Vaccine operations Central Provinces 1868-1885 - 1868-1885
Year: 1868
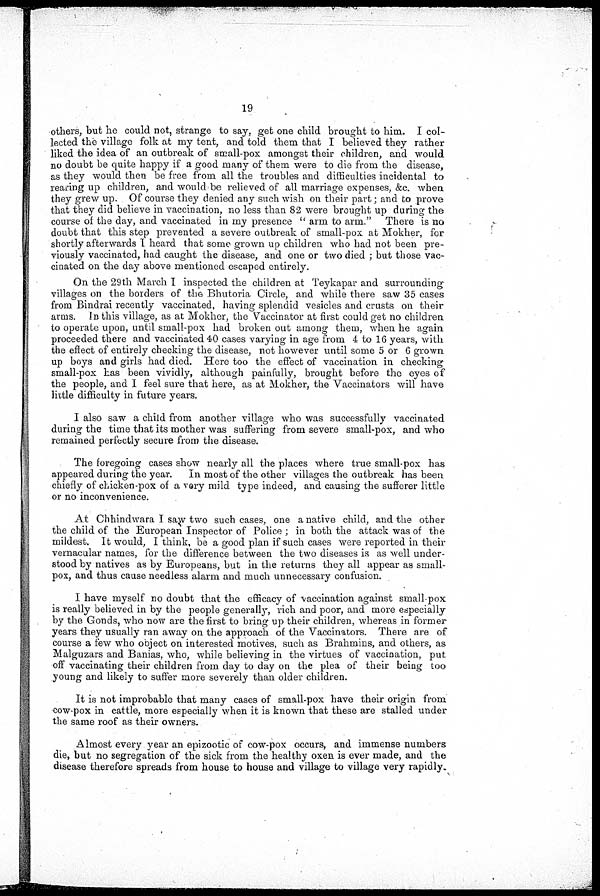
19
others, but he could not, strange to say, get one child brought to him. I col-
lected the village folk at my tent, and told them that I believed they rather
liked the idea of an outbreak of small-pox amongst their children, and would
no doubt be quite happy if a good many of them were to die from the disease,
as they would then be free from all the troubles and difficulties incidental to
rearing up children, and would be relieved of all marriage expenses, &c. when
they grew up. Of course they denied any such wish on their part; and to prove
that they did believe in vaccination, no less than 82 were brought up during the
course of the day, and vaccinated in my presence " arm to arm." There is no
doubt that this step prevented a severe outbreak of small-pox at Mokher, for
shortly afterwards I heard that some grown up children who had not been pre-
viously vaccinated, had caught the disease, and one or two died ; but those vac-
cinated on the day above mentioned escaped entirely.
On the 29th March I inspected the children at Teykapar and surrounding
villages on the borders of the Bhutoria Circle, and while there saw 35 cases
from Bindrai recently vaccinated, having splendid vesicles and crusts on their
arms. In this village, as at Mokher, the Vaccinator at first could get no children
to operate upon, until small-pox had broken out among them, when he again
proceeded there and vaccinated 40 cases varying in age from 4 to 16 years, with
the effect of entirely checking the disease, not however until some 5 or 6 grown
up boys and girls had died. Here too the effect of vaccination in checking
small-pox has been vividly, although painfully, brought before the eyes of
the people, and I feel sure that here, as at Mokher, the Vaccinators will have
little difficulty in future years.
I also saw a child from another village who was successfully vaccinated
during the time that its mother was suffering from severe small-pox, and who
remained perfectly secure from the disease.
The foregoing cases show nearly all the places where true small-pox has
appeared during the year. In most of the other villages the outbreak has been
chiefly of chicken-pox of a very mild type indeed, and causing the sufferer little
or no inconvenience.
At Chhindwara I saw two such cases, one a native child, and the other
the child of the European Inspector of Police ; in both the attack was of the
mildest. It would, 1 think, be a good plan if such cases were reported in their
vernacular names, for the difference between the two diseases is as well under-
stood by natives as by Europeans, but in the returns they all appear as small-
pox, and thus cause needless alarm and much unnecessary confusion.
I have myself no doubt that the efficacy of vaccination against small-pox
is really believed in by the people generally, rich and poor, and more especially
by the Gonds, who now are the first to bring up their children, whereas in former
years they usually ran away on the approach of the Vaccinators. There are of
course a few who object on interested motives, such as Brahmins, and others, as
Malguzars and Banias, who, while believing in the virtues of vaccination, put
off vaccinating their children from day to day on the plea of their being too
young and likely to suffer more severely than older children.
It is not improbable that many cases of small-pox have their origin from
cow-pox in cattle, more especially when it is known that these are stalled under
the same roof as their owners.
Almost every year an epizootic of cow-pox occurs, and immense numbers
die, but no segregation of the sick from the healthy oxen is ever made, and the
disease therefore spreads from house to house and village to village very rapidly.